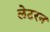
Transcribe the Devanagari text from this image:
लेटरन